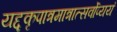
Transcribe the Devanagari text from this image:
यद्दृकृपात्रमात्रात्सर्वोप्ययं